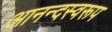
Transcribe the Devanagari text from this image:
आनन्दस्वरूप